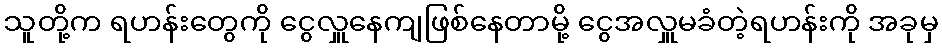
သူတို့က ရဟန်းတွေကို ငွေလှူနေကျဖြစ်နေတာမို့ ငွေအလှူမခံတဲ့ရဟန်းကို အခုမှ